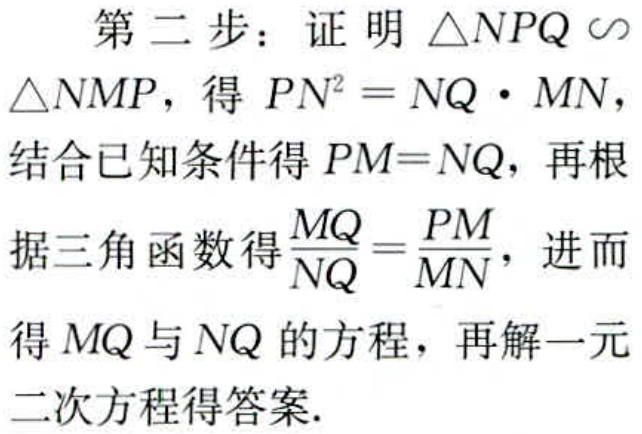
第二步：证明 \(\triangle NPQ \sim\)
\(\triangle NMP\)，得 \(PN^{2}=NQ\cdot MN\)，
结合已知条件得 \(PM = NQ\)，再根
据三角函数得\(\frac{MQ}{NQ}=\frac{PM}{MN}\)，进而
得 \(MQ\) 与 \(NQ\) 的方程，再解一元
二次方程得答案.